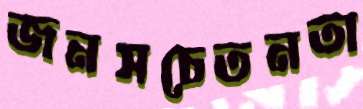
জনসচেতনতা